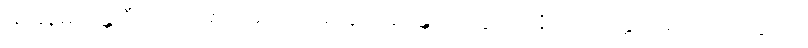
သနေမိကန္တိ ဝီသတိဝိဓာ မောဟဂါမိနော အန္တောကတွာတိ နိဿယတ္တာ ဝိညာဏုပ္ပတ္တိယာ